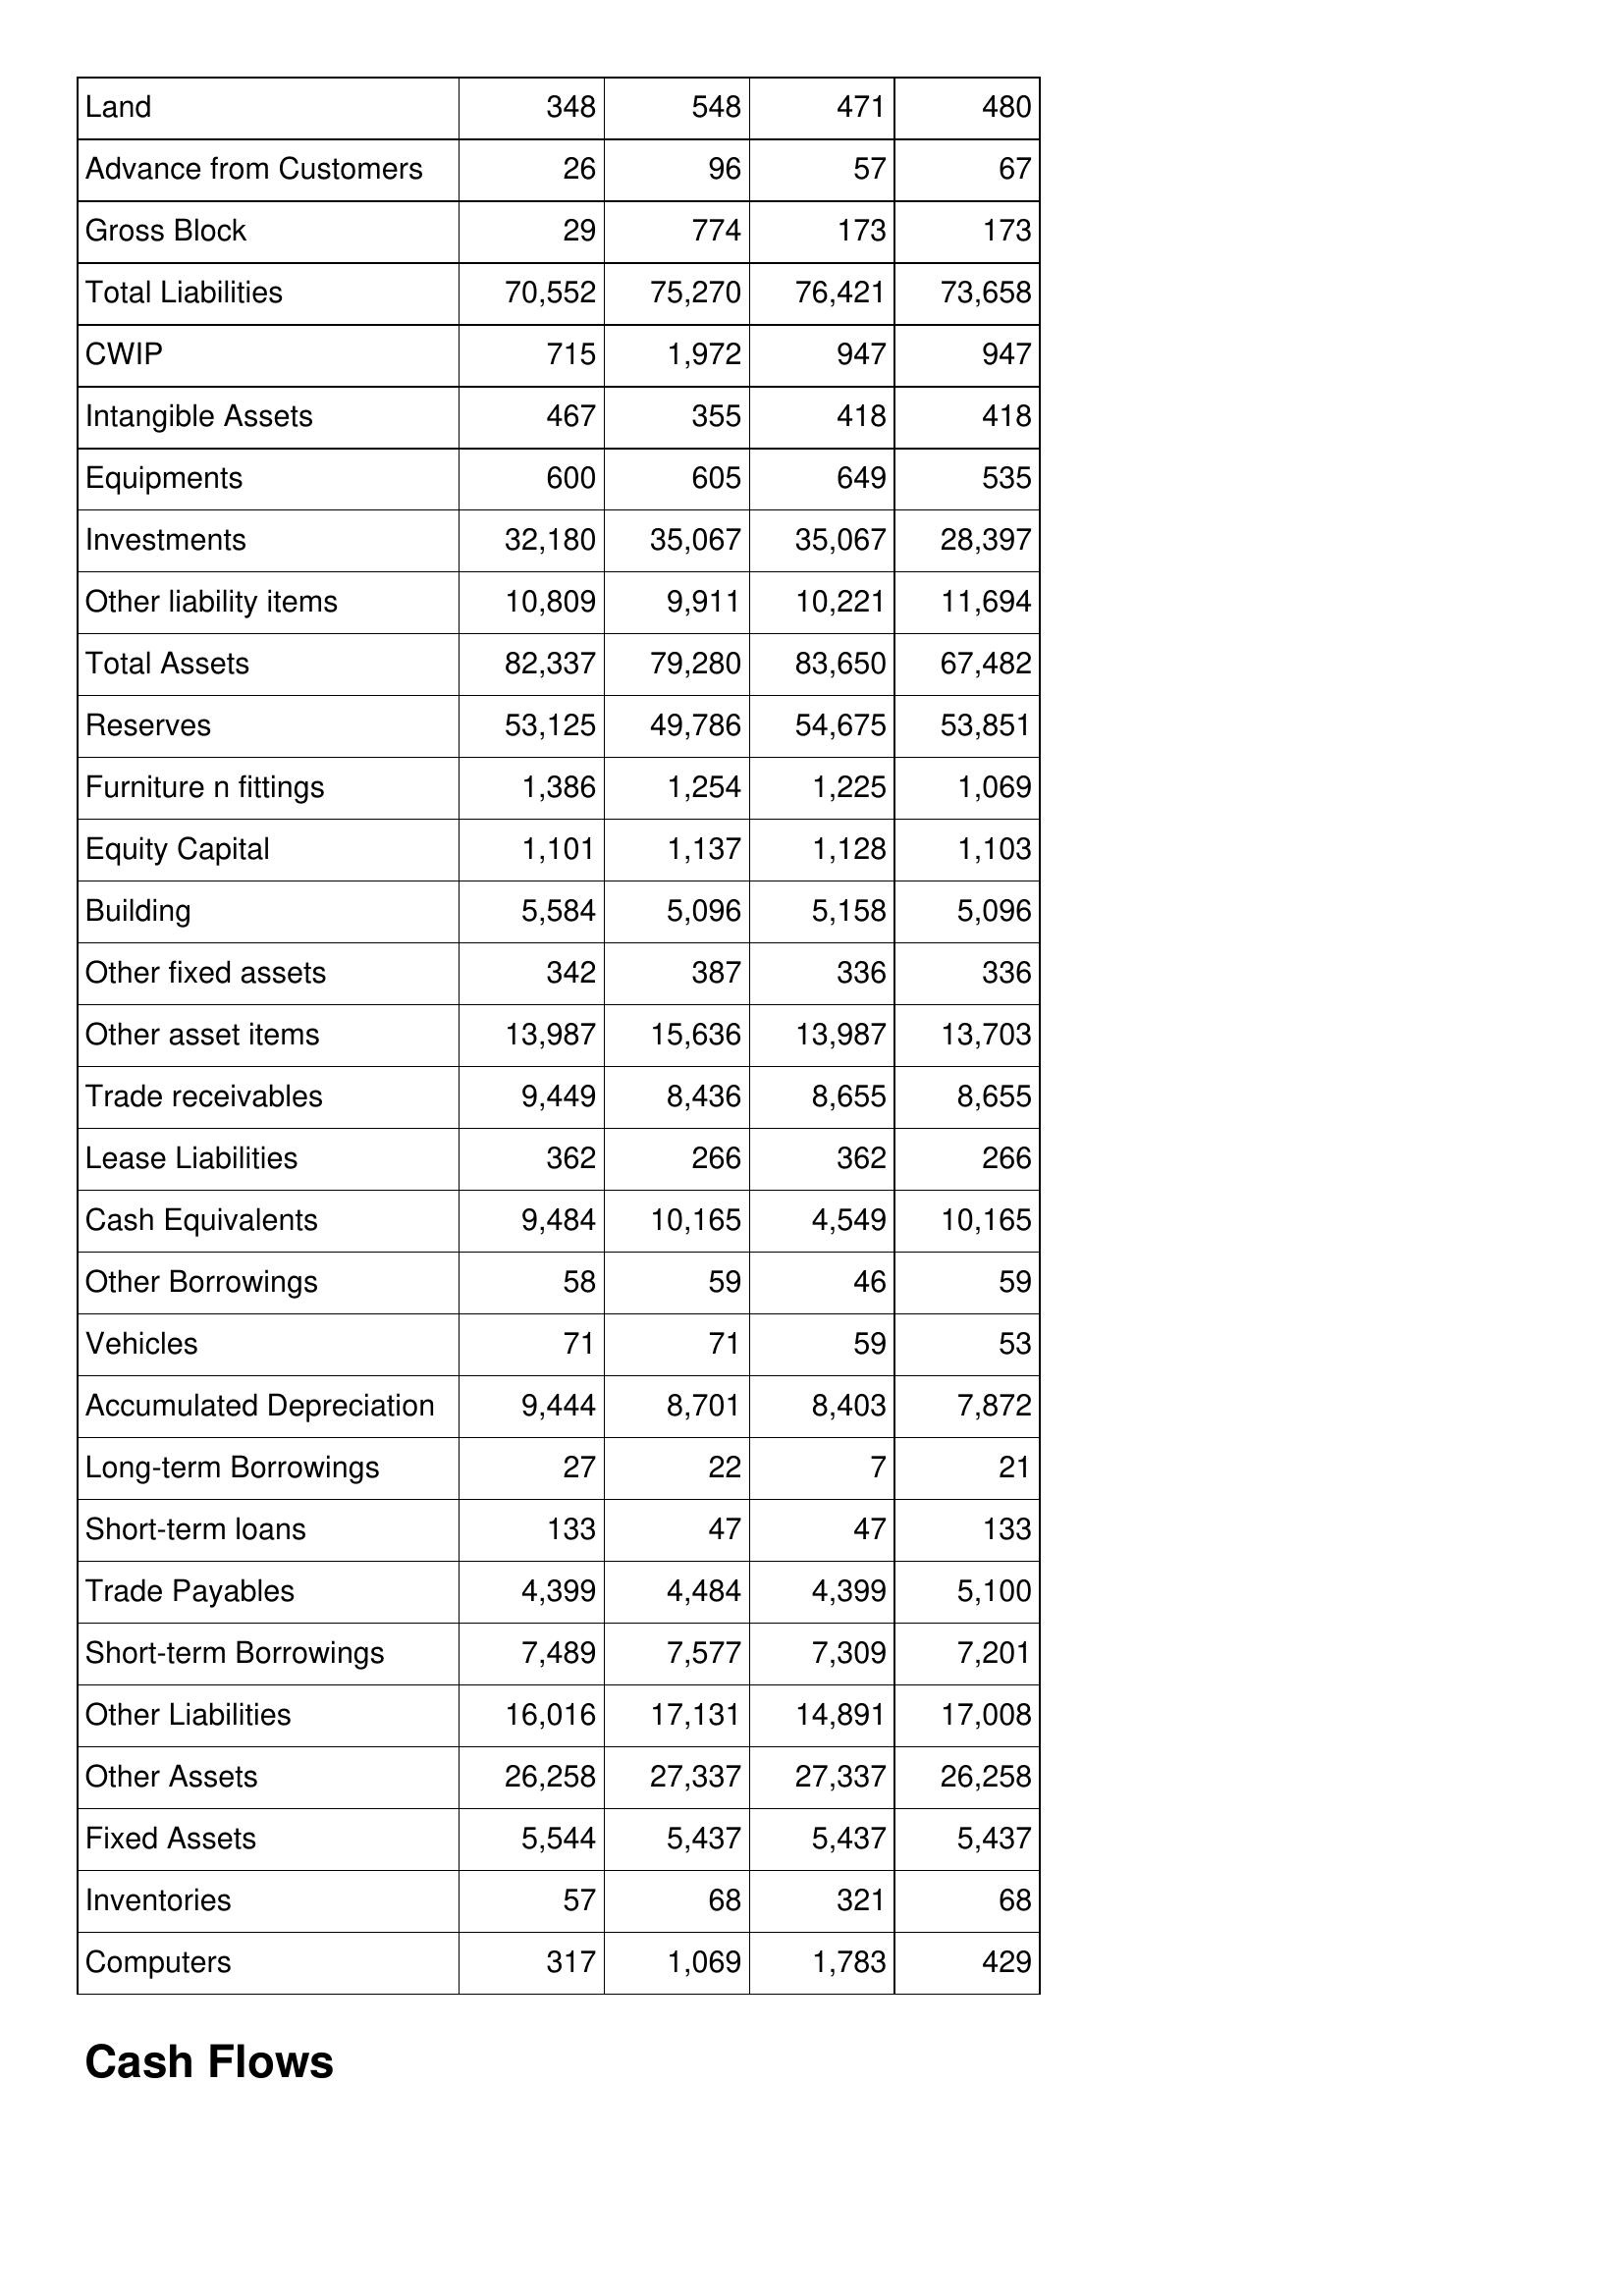
May-10: Balance Sheet: Land: 348
Advance from Customers: 26
Gross Block: 29
Total Liabilities: 70,552
CWIP: 715
Intangible Assets: 467
Equipments: 600
Investments: 32,180
Other liability items: 10,809
Total Assets: 82,337
Reserves: 53,125
Furniture n fittings: 1,386
Equity Capital: 1,101
Building: 5,584
Other fixed assets: 342
Other asset items: 13,987
Trade receivables: 9,449
Lease Liabilities: 362
Cash Equivalents: 9,484
Other Borrowings: 58
Vehicles: 71
Accumulated Depreciation: 9,444
Long-term Borrowings: 27
Short-term loans: 133
Trade Payables: 4,399
Short-term Borrowings: 7,489
Other Liabilities: 16,016
Other Assets: 26,258
Fixed Assets: 5,544
Inventories: 57
Computers: 317
May-09: Balance Sheet: Land: 548
Advance from Customers: 96
Gross Block: 774
Total Liabilities: 75,270
CWIP: 1,972
Intangible Assets: 355
Equipments: 605
Investments: 35,067
Other liability items: 9,911
Total Assets: 79,280
Reserves: 49,786
Furniture n fittings: 1,254
Equity Capital: 1,137
Building: 5,096
Other fixed assets: 387
Other asset items: 15,636
Trade receivables: 8,436
Lease Liabilities: 266
Cash Equivalents: 10,165
Other Borrowings: 59
Vehicles: 71
Accumulated Depreciation: 8,701
Long-term Borrowings: 22
Short-term loans: 47
Trade Payables: 4,484
Short-term Borrowings: 7,577
Other Liabilities: 17,131
Other Assets: 27,337
Fixed Assets: 5,437
Inventories: 68
Computers: 1,069
May-08: Balance Sheet: Land: 471
Advance from Customers: 57
Gross Block: 173
Total Liabilities: 76,421
CWIP: 947
Intangible Assets: 418
Equipments: 649
Investments: 35,067
Other liability items: 10,221
Total Assets: 83,650
Reserves: 54,675
Furniture n fittings: 1,225
Equity Capital: 1,128
Building: 5,158
Other fixed assets: 336
Other asset items: 13,987
Trade receivables: 8,655
Lease Liabilities: 362
Cash Equivalents: 4,549
Other Borrowings: 46
Vehicles: 59
Accumulated Depreciation: 8,403
Long-term Borrowings: 7
Short-term loans: 47
Trade Payables: 4,399
Short-term Borrowings: 7,309
Other Liabilities: 14,891
Other Assets: 27,337
Fixed Assets: 5,437
Inventories: 321
Computers: 1,783
May-07: Balance Sheet: Land: 480
Advance from Customers: 67
Gross Block: 173
Total Liabilities: 73,658
CWIP: 947
Intangible Assets: 418
Equipments: 535
Investments: 28,397
Other liability items: 11,694
Total Assets: 67,482
Reserves: 53,851
Furniture n fittings: 1,069
Equity Capital: 1,103
Building: 5,096
Other fixed assets: 336
Other asset items: 13,703
Trade receivables: 8,655
Lease Liabilities: 266
Cash Equivalents: 10,165
Other Borrowings: 59
Vehicles: 53
Accumulated Depreciation: 7,872
Long-term Borrowings: 21
Short-term loans: 133
Trade Payables: 5,100
Short-term Borrowings: 7,201
Other Liabilities: 17,008
Other Assets: 26,258
Fixed Assets: 5,437
Inventories: 68
Computers: 429